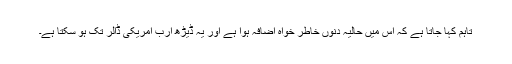
تاہم کہا جاتا ہے کہ اس میں حالیہ دنوں خاطر خواہ اضافہ ہوا ہے اور یہ ڈیڑھ ارب امریکی ڈالر تک ہو سکتا ہے۔